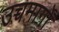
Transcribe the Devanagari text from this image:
उच्चमार्गों